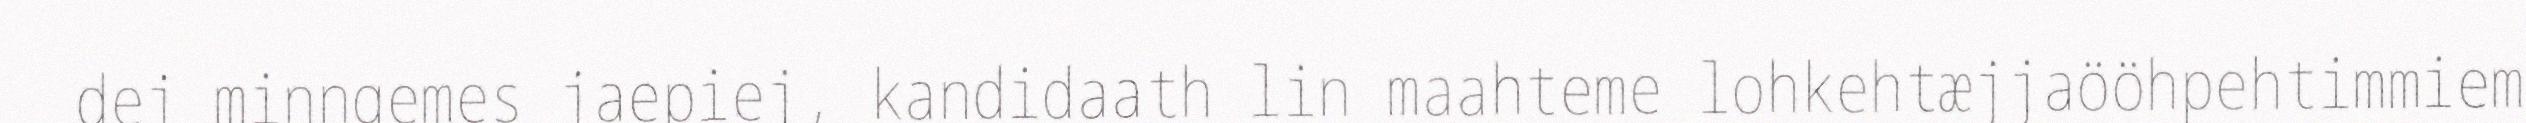
dej minngemes jaepiej, kandidaath lin maahteme lohkehtæjjaööhpehtimmiem